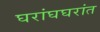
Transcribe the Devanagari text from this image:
घरांघघरांत